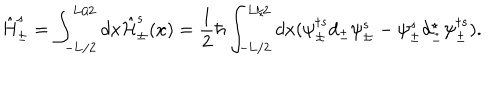
LaTeX: \hat { \mathrm { H } } _ { \pm } ^ { s } = \int _ { - \mathrm { L } / 2 } ^ { \mathrm { L } / 2 } d x \hat { \cal H } _ { \pm } ^ { s } ( x ) = \frac { 1 } { 2 } \hbar \int _ { - \mathrm { L } / 2 } ^ { \mathrm { L } / 2 } d x ( \psi _ { \pm } ^ { \dagger s } d _ { \pm } \psi _ { \pm } ^ { s } - \psi _ { \pm } ^ { s } d _ { \pm } ^ { \star } \psi _ { \pm } ^ { \dagger s } ) .